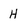
Character: H